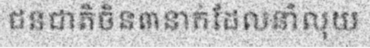
ជនជាតិចិន៣នាក់ដែលនាំលុយ